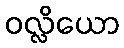
ဝလ္လိယော